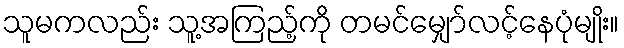
သူမကလည်း သူ့အကြည့်ကို တမင်မျှော်လင့်နေပုံမျိုး။